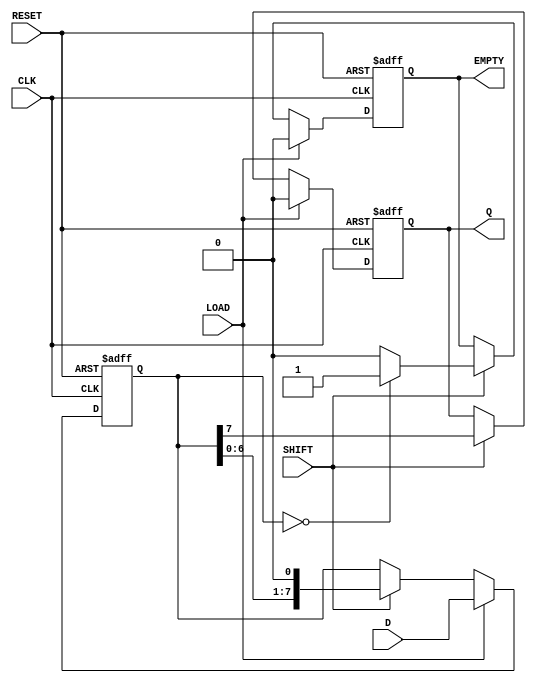
module piso_shift_register (
    input wire [7:0] D,       // Parallel data input
    input wire LOAD,          // Load enable signal
    input wire SHIFT,         // Shift control signal
    input wire CLK,           // Clock signal
    input wire RESET,         // Reset signal
    output reg Q,             // Serial output
    output reg EMPTY          // Empty flag
);

    reg [7:0] shift_reg;      // Internal shift register

    // Process for loading, shifting, and resetting the register
    always @(posedge CLK or posedge RESET) begin
        if (RESET) begin
            shift_reg <= 8'b0;   // Reset the shift register to zero
            Q <= 1'b0;           // Reset serial output 
            EMPTY <= 1'b1;       // Register is empty after reset
        end else begin
            if (LOAD) begin
                shift_reg <= D;   // Load parallel data into the shift register
                Q <= 1'b0;        // Reset serial output on load
                EMPTY <= 1'b0;    // Register is not empty after loading data
            end else if (SHIFT) begin
                // Shift operation
                Q <= shift_reg[7]; // Output the MSB to Q
                shift_reg <= {shift_reg[6:0], 1'b0}; // Shift left
                // Check if the register is empty
                if (shift_reg == 8'b0) begin
                    EMPTY <= 1'b1; // Register is empty
                end else begin
                    EMPTY <= 1'b0; // Register is not empty
                end
            end
        end
    end

endmodule